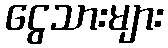
ငွေသားများ